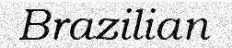
Brazilian